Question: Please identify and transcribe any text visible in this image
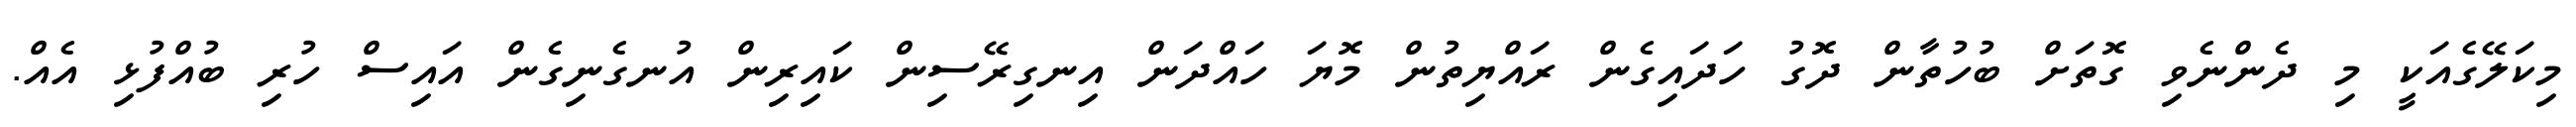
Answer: މިކަލޭގެއަކީ މި ދެންނެވި ގޮތަށް ބުހުތާން ދޮގު ހަދައިގެން ރައްޔިތުން މޮޔަ ހައްދަން އިނގިރޭސިން ކައިރިން އުނގެނިގެން އައިސް ހުރި ބުއްފުޅި އެއް.